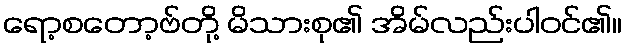
ရော့စတော့ဗ်တို့ မိသားစု၏ အိမ်လည်းပါဝင်၏။